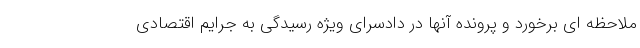
ملاحظه ای برخورد و پرونده آنها در دادسرای ویژه رسیدگی به جرایم اقتصادی